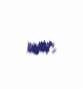
var.